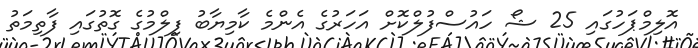
އޮލިމްޕަހުގައި 25 ޝޯ ހައުސްފުލްކޮށް އަހަރުގެ އެންމެ ކާމިޔާބު ފިލްމުގެ ގޮތުގައި ފާތިމަތު